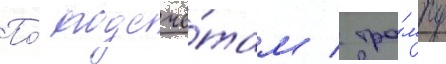
По́ подсчё́там / тра́мпу